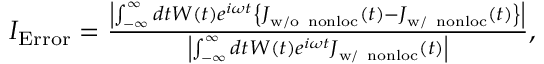
\begin{array} { r } { I _ { \mathrm { E r r o r } } = \frac { \left| \int _ { - \infty } ^ { \infty } d t W ( t ) e ^ { i \omega t } \left\{ \boldsymbol J _ { \mathrm { w / o ~ n o n l o c } } ( t ) - \boldsymbol J _ { \mathrm { w / ~ n o n l o c } } ( t ) \right\} \right| } { \left| \int _ { - \infty } ^ { \infty } d t W ( t ) e ^ { i \omega t } \boldsymbol J _ { \mathrm { w / ~ n o n l o c } } ( t ) \right| } , } \end{array}